Indian Civil Veterinary Department memoirs
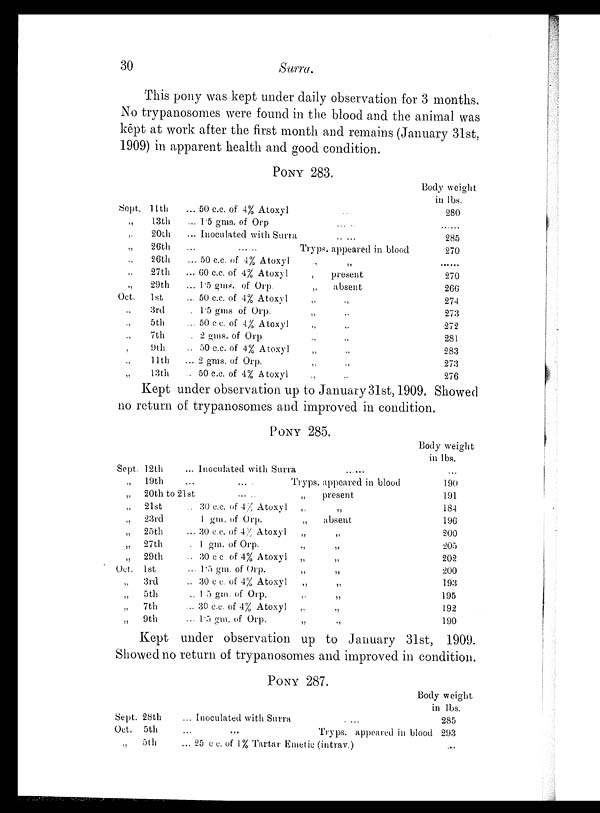
30
Surra.
This pony was kept under daily observation for 3 months.
No trypanosomes were found in the blood and the animal was
kept at work after the first month and remains (January 31st,
1909) in apparent health and good condition.
PONY 283.
Sept. 11th
„
13th
„
20th
„
26th
„
26th
„ 27th
„
29th
Oct.
1st
„
3rd
„
5th
„
7th
„
9th
„
11th
„
13th
... 50 c.c. of 4% Atoxyl ...
... 1.5 gms. of Orp ... ...
... Inoculated with Surra ... ...
...
Tryps. appeared in blood
... 50 c.c. of 4% Atoxyl
„
„
...
60 c.c. of 4% Atoxyl „ present
... 1.5 gms. of Orp.
„
absent
... 50 c.c. of 4% Atoxyl
„
„
...
1.5 gms of Orp.
„ „
... 50 c.c. of 4% Atoxyl
„
„
... 2 gms. of Orp
„
„
.. 50 c.c. of 4% Atoxyl
„
„
... 2 gms, of Orp.
„
„
... 50 c.c. of 4% Atoxyl „ „
Body weight
in lbs.
280
......
285
270
270
266
274
273
272
281
283
273
276
Kept under observation up to January 31st, 1909. Showed
no return of trypanosomes and improved in condition.
PONY 285.
Sept. 12th ...
„ 19th ...
„
20th to 21st
„ 21st ...
„
23rd ...
„
25th ...
„
27th ...
„ 29th ...
Oct. 1st ...
„ 3rd ...
„ 5th ...
„ 7th ...
„ 9th ...
Inoculated with Surra
......
... Tryps. appeared in blood
... ...
„
present
30 c.c. of 4% Atoxyl
„
„
1
gm. of Orp.
„
absent
30 c.c. of 4% Atoxyl
„
„
1 gm. of Orp.
„
„
30 c
c
of 4% Atoxyl
„
„
1.5 gm. of Orp.
„
„
30 c c. of 4% Atoxyl
„
„
1.5 gm. of Orp.
„
„
30 c.c. of 4% Atoxyl
„
„
1.5 gm. of Orp.
„
„
Body weight
in lbs.
...
190
191
184
196
200
205
202
200
193
195
192
190
Kept under observation up to January 31st, 1909.
Showed no return of trypanosomes and improved in condition.
PONY 287.
Sept. 28th
Oct. 5th
„
5th
... Inoculated with Surra
....
... ... Tryps. appeared in blood
... 25 c c . of 1 % Tartar Emetic (intrav.) ...
Body weight
in lbs.
285
293
...